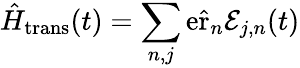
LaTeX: \hat{H}_{\mathrm{trans}}(t)=\sum_{n,j}\mathrm{e}\hat{\mathbf{\mathrm{r}}}_{n}\mathbf{\mathcal{E}}_{j,n}(t)